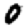
Digit: 0